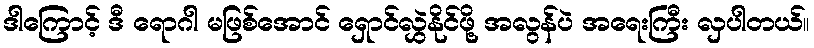
ဒါကြောင့် ဒီ ရောဂါ မဖြစ်အောင် ရှောင်လွှဲနိုင်ဖို့ အလွန်ပဲ အရေးကြီး လှပါတယ်။